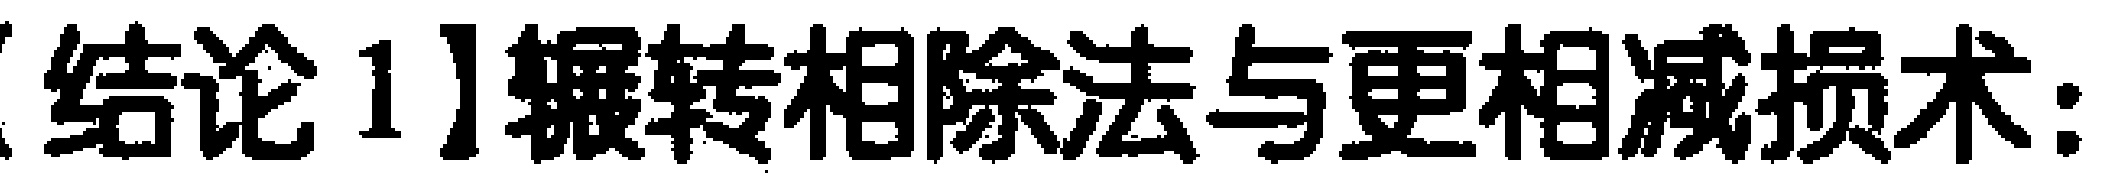
【结论1】辗转相除法与更相减损术：